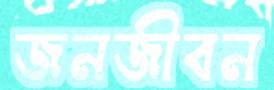
জনজীবন